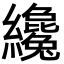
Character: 纔